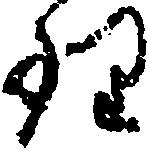
理